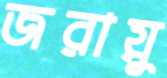
জরায়ু